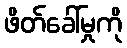
ဖိတ်ခေါ်မှုကို